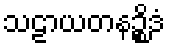
သဠာယတနဉ္စိဒံ